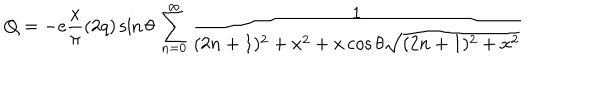
Q = - e \frac { x } { \pi } ( 2 q ) \sin \theta \, \sum _ { n = 0 } ^ { \infty } { \frac { 1 } { ( 2 n + 1 ) ^ { 2 } + x ^ { 2 } + x \cos \theta \sqrt { ( 2 n + 1 ) ^ { 2 } + x ^ { 2 } } } }